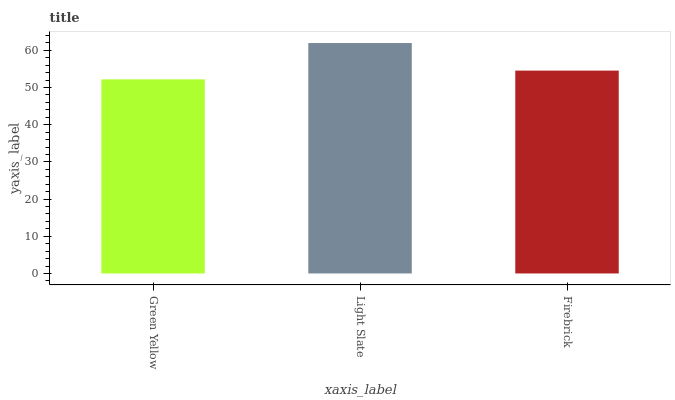
| xaxis_label | bars |
 | --- | --- |
 | Green Yellow | 52.2 |
 | Light Slate | 62 |
 | Firebrick | 54.5 |